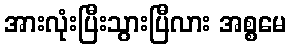
အားလုံးပြီးသွားပြီလား အစ္စမေ